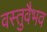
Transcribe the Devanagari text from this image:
वस्तुवैभव